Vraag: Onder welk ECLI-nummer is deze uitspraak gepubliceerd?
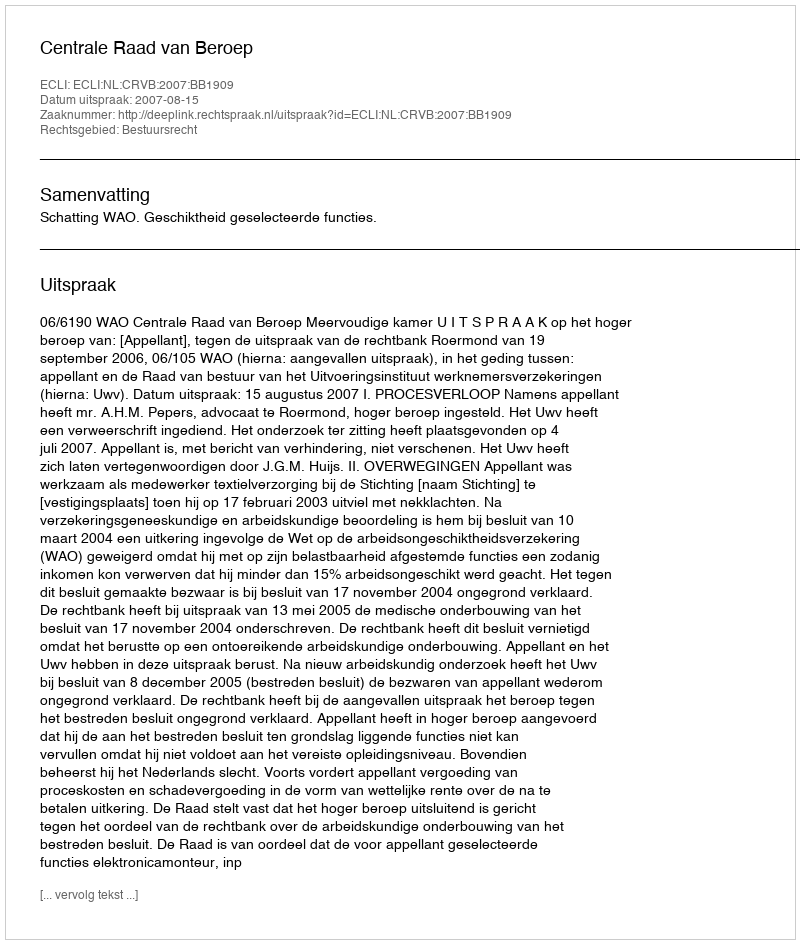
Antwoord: ECLI:NL:CRVB:2007:BB1909